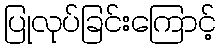
ပြုလုပ်ခြင်းကြောင့်